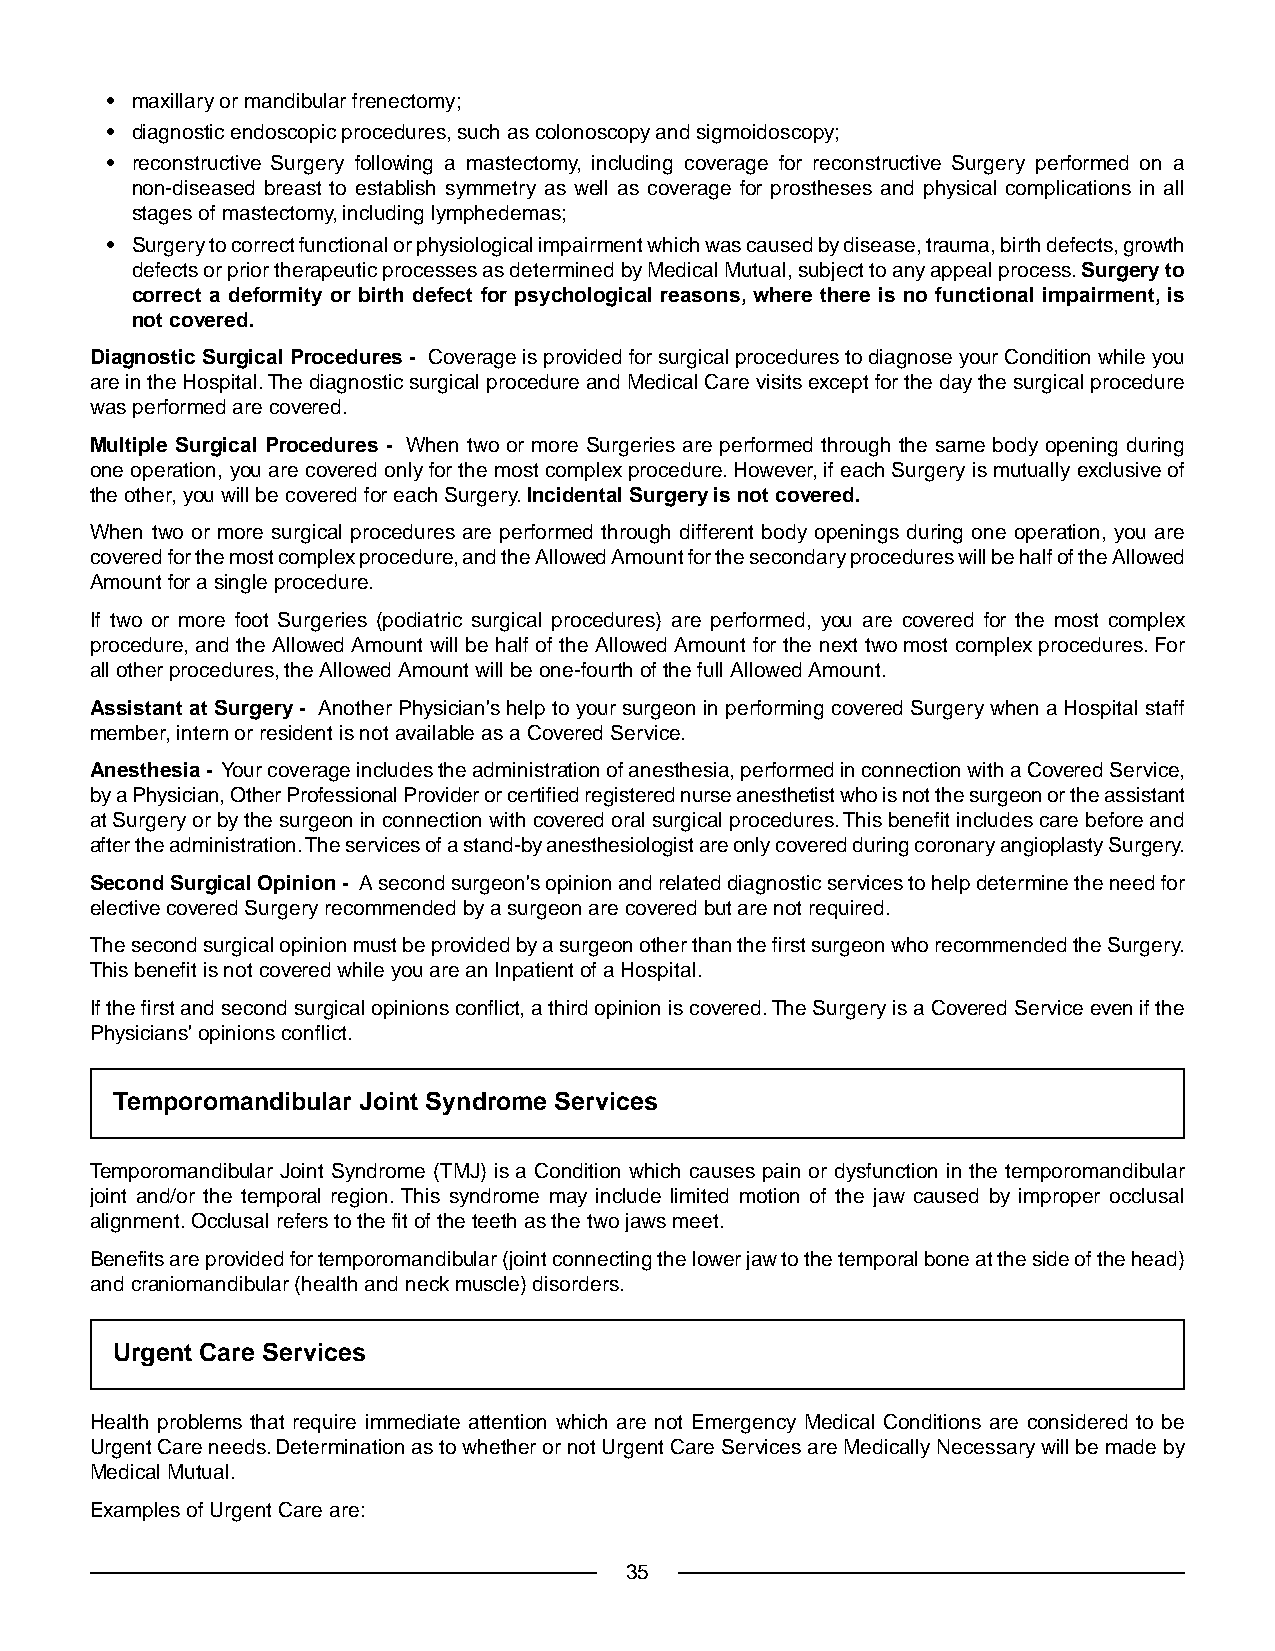
• maxillary or mandibular frenectomy;
 • diagnostic endoscopic procedures, such as colonoscopy and sigmoidoscopy;
 • reconstructive Surgery following a mastectomy, including coverage for reconstructive Surgery performed on a
 non-diseased breast to establish symmetry as well as coverage for prostheses and physical complications in all
 stages of mastectomy, including lymphedemas;
 • Surgery to correct functional or physiological impairment which was caused by disease, trauma, birth defects, growth
 defects or prior therapeutic processes as determined by Medical Mutual, subject to any appeal process.Surgery to
 correct a deformity or birth defect for psychological reasons, where there is no functional impairment, is
 not covered.
 Diagnostic Surgical Procedures - Coverage is provided for surgical procedures to diagnose your Condition while you
 are in the Hospital.The diagnostic surgical procedure and Medical Care visits except for the day the surgical procedure
 was performed are covered.
 Multiple Surgical Procedures - When two or more Surgeries are performed through the same body opening during
 one operation, you are covered only for the most complex procedure. However, if each Surgery is mutually exclusive of
 the other, you will be covered for each Surgery.Incidental Surgery is not covered.
 When two or more surgical procedures are performed through different body openings during one operation, you are
 covered for the most complex procedure, and the Allowed Amount for the secondary procedures will be half of the Allowed
 Amount for a single procedure.
 If two or more foot Surgeries (podiatric surgical procedures) are performed, you are covered for the most complex
 procedure, and the Allowed Amount will be half of the Allowed Amount for the next two most complex procedures. For
 all other procedures, the Allowed Amount will be one-fourth of the full Allowed Amount.
 Assistant at Surgery - Another Physician's help to your surgeon in performing covered Surgery when a Hospital staff
 member, intern or resident is not available as a Covered Service.
 Anesthesia - Your coverage includes the administration of anesthesia, performed in connection with a Covered Service,
 by a Physician, Other Professional Provider or certified registered nurse anesthetist who is not the surgeon or the assistant
 at Surgery or by the surgeon in connection with covered oral surgical procedures.This benefit includes care before and
 after the administration.The services of a stand-by anesthesiologist are only covered during coronary angioplasty Surgery.
 Second Surgical Opinion - A second surgeon's opinion and related diagnostic services to help determine the need for
 elective covered Surgery recommended by a surgeon are covered but are not required.
 The second surgical opinion must be provided by a surgeon other than the first surgeon who recommended the Surgery.
 This benefit is not covered while you are an Inpatient of a Hospital.
 If the first and second surgical opinions conflict, a third opinion is covered.The Surgery is a Covered Service even if the
 Physicians' opinions conflict.
 Temporomandibular Joint Syndrome Services
 Temporomandibular Joint Syndrome (TMJ) is a Condition which causes pain or dysfunction in the temporomandibular
 joint and/or the temporal region.This syndrome may include limited motion of the jaw caused by improper occlusal
 alignment. Occlusal refers to the fit of the teeth as the two jaws meet.
 Benefits are provided for temporomandibular (joint connecting the lower jaw to the temporal bone at the side of the head)
 and craniomandibular (health and neck muscle) disorders.
 Urgent Care Services
 Health problems that require immediate attention which are not Emergency Medical Conditions are considered to be
 Urgent Care needs. Determination as to whether or not Urgent Care Services are Medically Necessary will be made by
 Medical Mutual.
 Examples of Urgent Care are:
 35